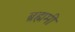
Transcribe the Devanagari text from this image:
ब्रह्ममी